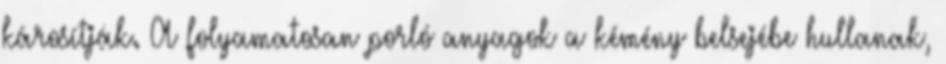
károsítják. A folyamatosan porló anyagok a kémény belsejébe hullanak,